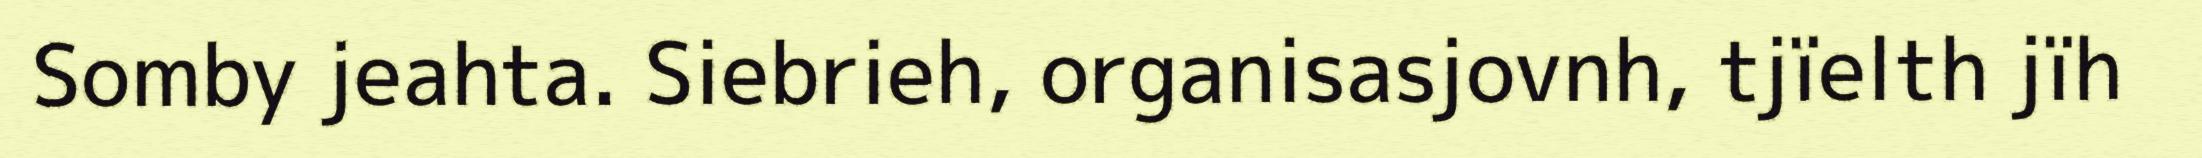
Somby jeahta. Siebrieh, organisasjovnh, tjïelth jïh